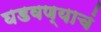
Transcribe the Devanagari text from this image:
घडवण्याचं